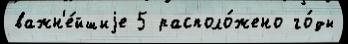
важн'е́йшиjе 5 располо́жено го́ды